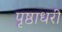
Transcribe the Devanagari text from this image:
पृष्ठाधरी